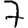
Digit: 7